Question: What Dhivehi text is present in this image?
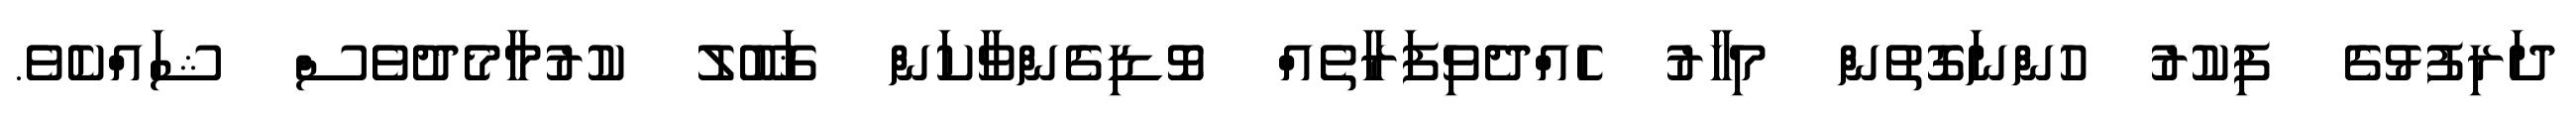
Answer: ދަރިފުޅުގެ ފިކުރު ހުންނަގޮތުން މިހާރު ހެއްދެވިފަރާތެއް ވޮޑިގެންވާކަން ޤަބޫލު ކުރުމާމެދުވެސް ޝައްކެވެ.